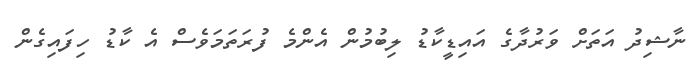
ނާޝިދު އަތަށް ވަރުދާގެ އައިޑީކާޑު ލިބުމުން އެންމެ ފުރަތަމަވެސް އެ ކާޑު ހިފައިގެން